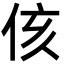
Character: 侅